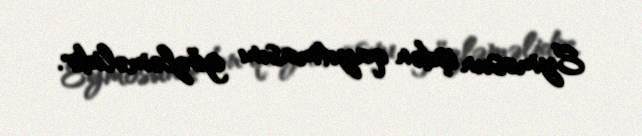
Eymosun işdən qayıtmasını gözləməlidir.